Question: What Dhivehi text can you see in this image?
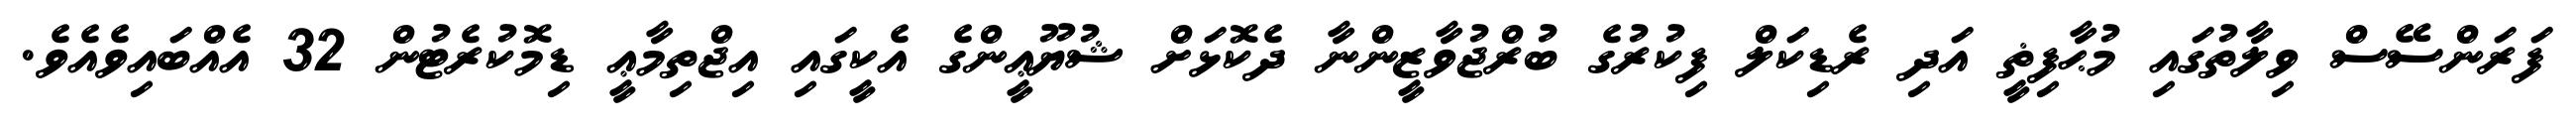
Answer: ފަރަންސޭސް ވިލާތުގައި މުޙާފިޡީ އަދި ރެޑިކަލް ފިކުރުގެ ބުރްޖުވާޒީންނާ ދެކޮޅަށް ޝުޔޫޢީންގެ އެކީގައި އިޖްތިމާޢީ ޑިމޮކުރެޓުން 32 އެއްބައިވެއެވެ.